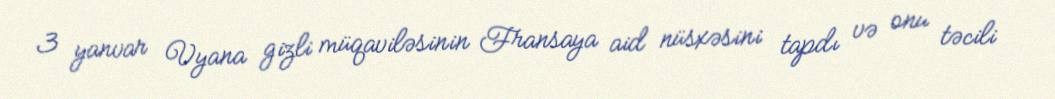
3 yanvar Vyana gizli müqaviləsinin Fransaya aid nüsxəsini tapdı və onu təcili